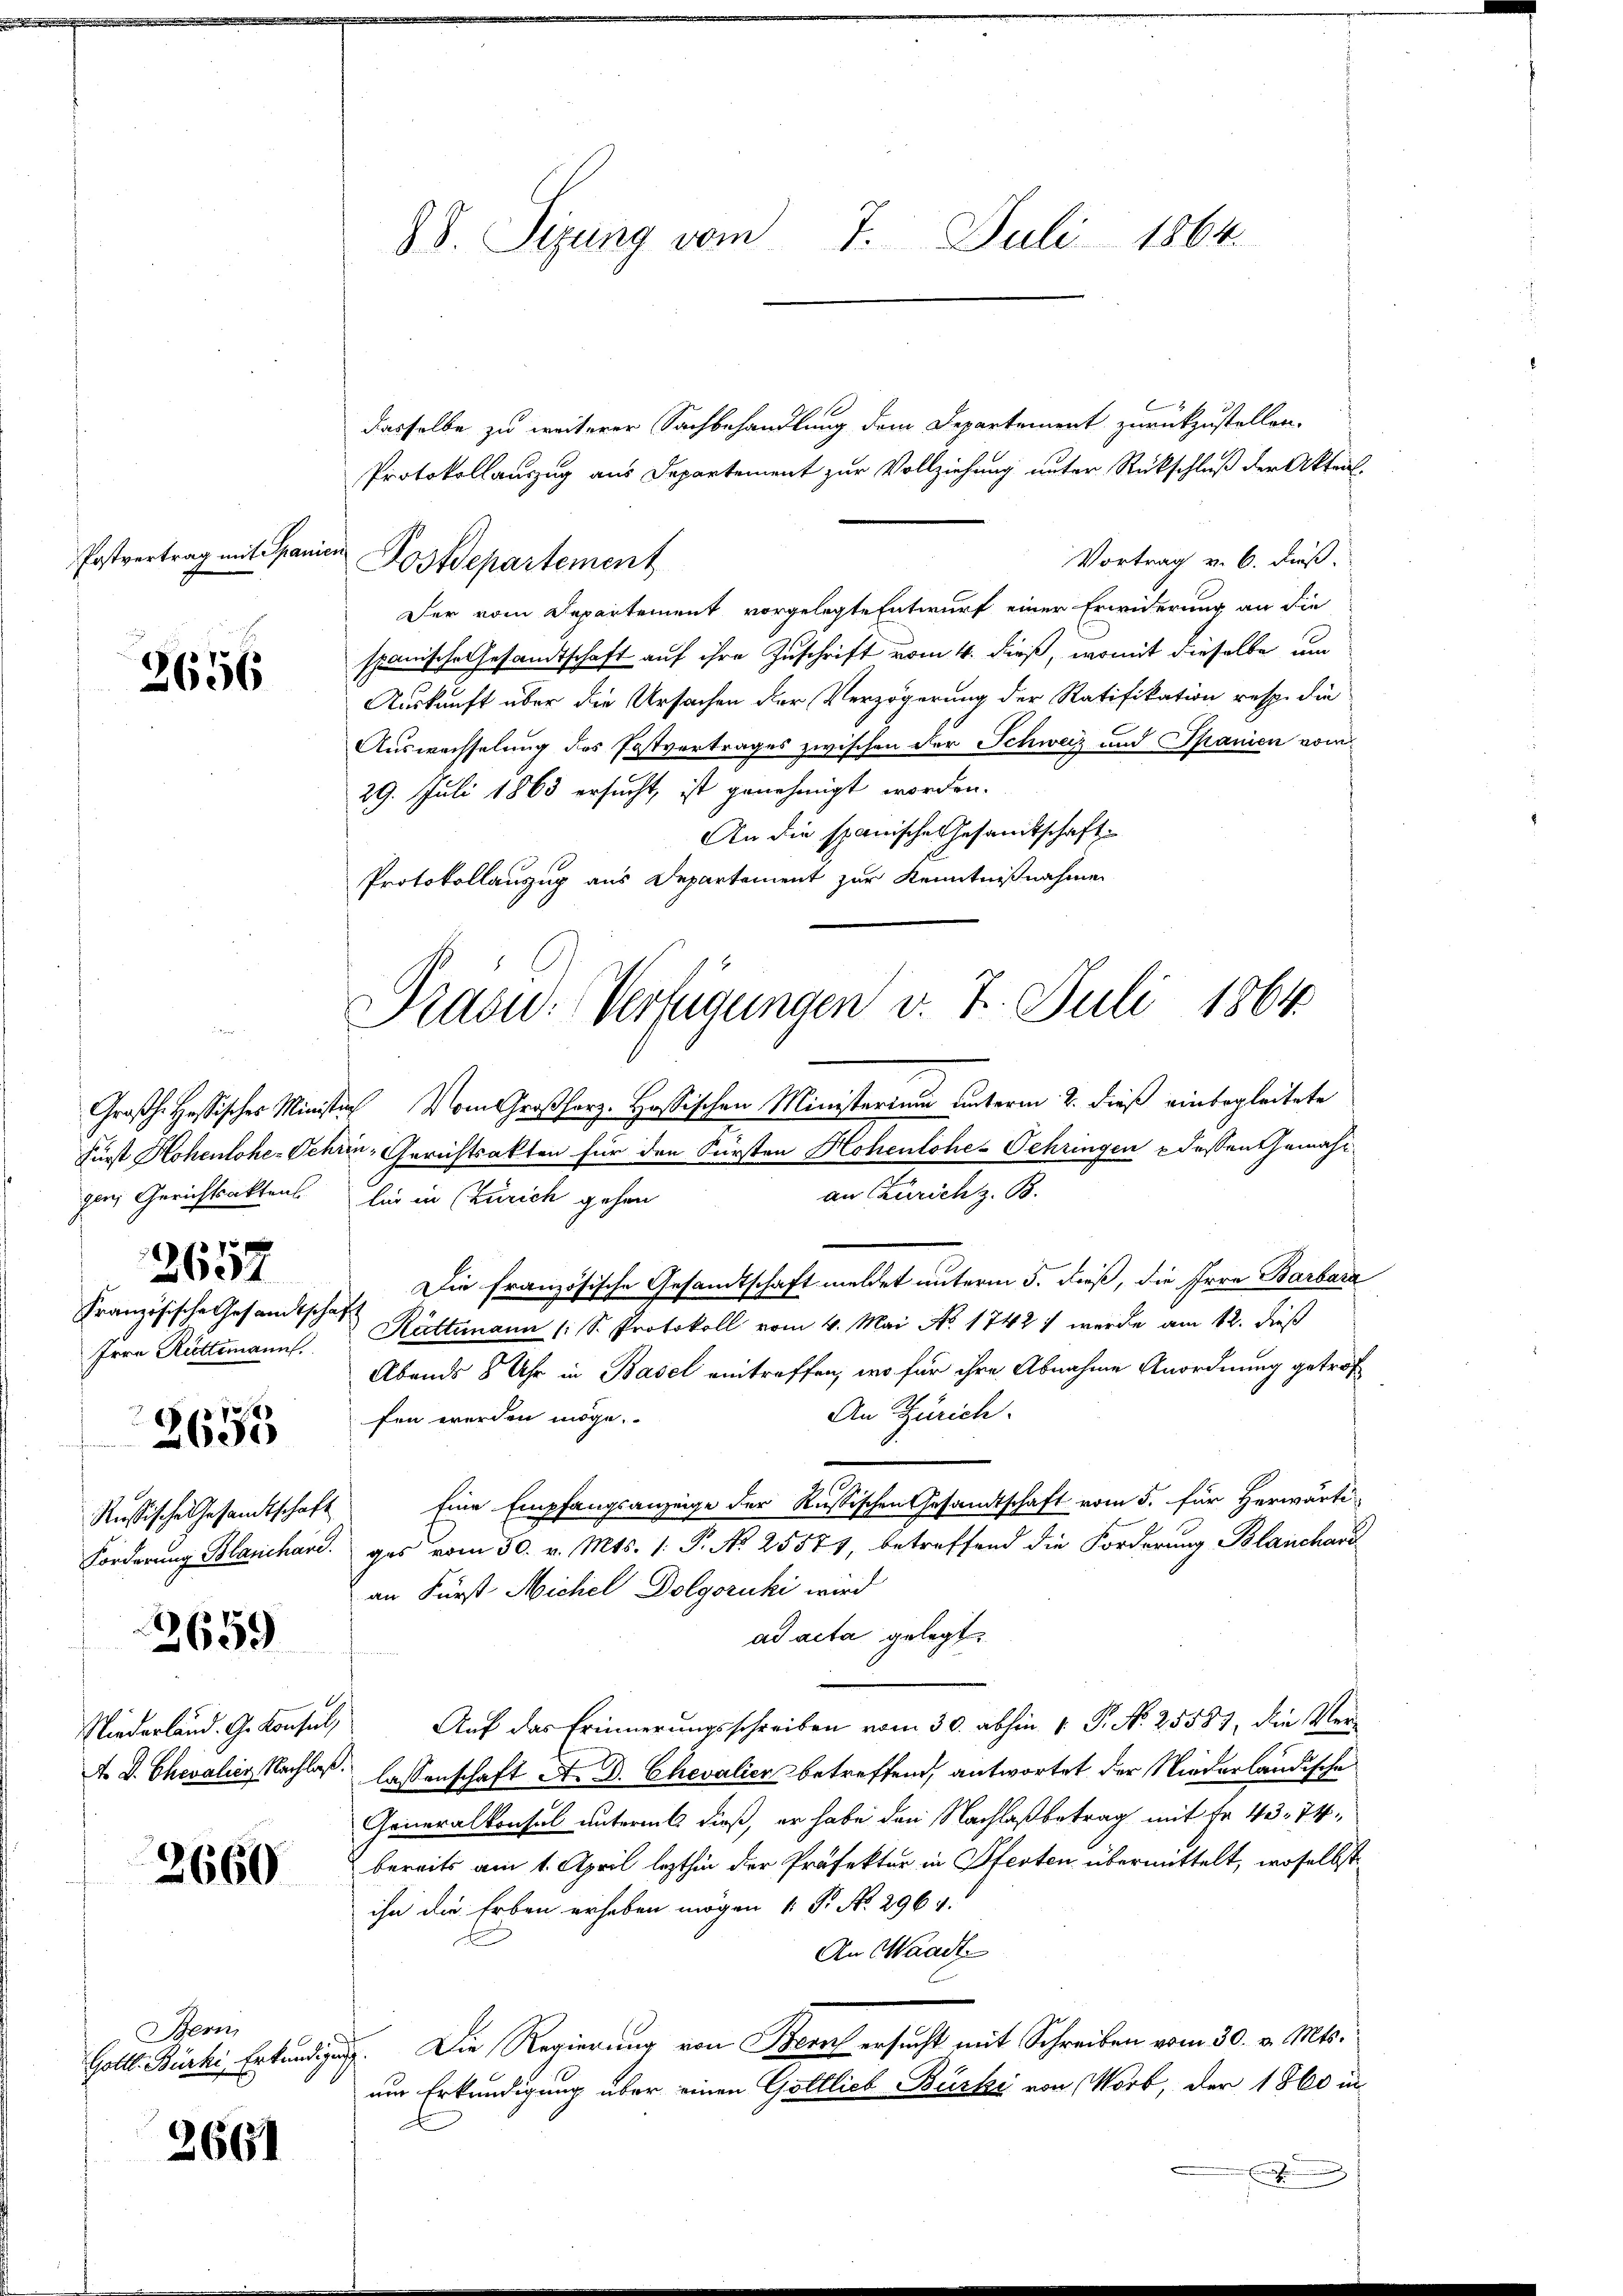
Postvertrag mit Spanien

2656

gen Gerichtsaktens
2657
Französische Gesandtschaft

7
6
2630

Russische Gesandtschaft

2659

2660

Bern

2661

dasselbe zu weiterer Sachbehandlung dem Departement zurückzustellen.
Protokollauszug aus Departement zur Vollziehung unter Rückschluß der Aktenl
Vortrag v. 6. dieß.
Postdepartement
Der vom Departement vorgelegte Entwurf einer Erwiderung an die
spanische Gesandtschaft auf ihre Zuschrift vom 4. dieß, womit dieselbe um
Auskunft über die Ursachen der Verzögerung der Ratifikation resp. die
Auswechselung des Postvertrages zwischen der Schweiz und Spanien vom
29. Juli 1863 ersucht, ist genehmigt worden.
An die spanische Gesandtschaft
Protokollauszug aus Departement zur Kenntnißnahme

88. Sizung vom 7. Juli 1864.

Großh. Hessisches Ministin vom Großherz-Haßischen Ministerium unterm 2. dieß einbegleitete
Fürst Hohenlohe-Schein-Gerichtsakten für den Fürsten Hohenlohe-Oehringen dessen Gemähian Zürich z. B.
lin in Zürich gehen
Die französische Gesandtschaft meldet unterm 5. dieß, die Irre Barbara
Irra Rüttimann Hüttimann (: S. Protokoll vom 4. Mai No 1742 1 werde am 12. dieß
Abends 8 Uhr in Basel eintreffen, wo für ihre Abnahme Anordnung getrof
An Zürich.
fen werden möge.
Eine Empfangsanzeige der Russischen Gesandtschaft vom 5. für Herwärti-
Forderung Blancharges vom 30. v. Mts. 1. P. No 25571, betreffend die Forderung Blanchard
an Fürst Michel Dolgoruki wird
ad acta gelegt.
Niederland. G. Konsul, Auf das Erinnerungsschreiben vom 30. abhin 1. P. Nr. 25587, die Ver¬
A. S. Chevalier Nachlaß. lassenschaft A. D. Chevalier betreffend, antwortet der Niederländische
Generalkonsul untermit dieß, er habe den Nachlaßbetrag mit Fr. 43. 74.
bereits am 1. April lezthin der Präfektur in Pfesten übermittelt, woselbst
ihn die Erben erhaben mögen 1 Fr. No. 2964.
An Waadt.
Gollt. Burki, Erkundigung. Die Regierung von Bern ersucht mit Schreiben vom 30. v. Mts.
nur Erkundigung über einen Göttlich Bürke von Wort, der 1860 in
E

Prasid. Verfügungen v. 7. Juli 1864.